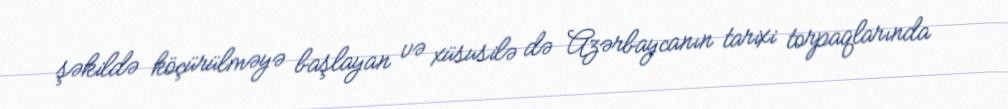
şəkildə köçürülməyə başlayan və xüsusilə də Azərbaycanın tarixi torpaqlarında